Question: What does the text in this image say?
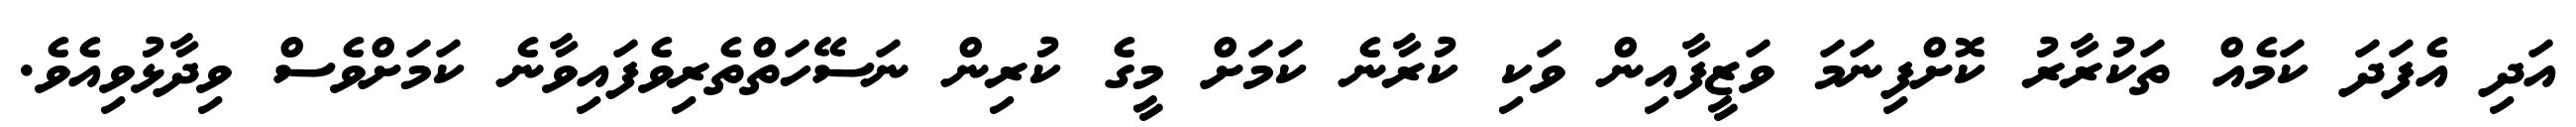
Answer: އަދި އެފަދަ ކަމެއް ތަކުރާރު ކޮށްފިނަމަ ވަޒީފާއިން ވަކި ކުރާނެ ކަމަށް މީގެ ކުރިން ނަސޭހަތްތެރިވެފައިވާނެ ކަމަށްވެސް ވިދާޅުވިއެވެ.